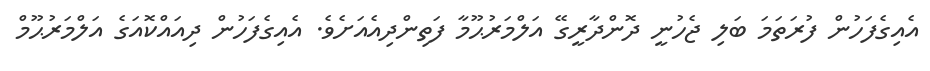
އެއިގެފަހުން ފުރަތަމަ ބަލި ޖެހުނީ ދޮންދާރީގޭ އަލްމަރުޙޫމާ ފަތިންދިއެއަށެވެ. އެއިގެފަހުން ދިއައްކޮއަގެ އަލްމަރުޙޫމް